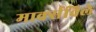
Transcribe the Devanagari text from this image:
मार्क्सविले